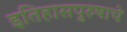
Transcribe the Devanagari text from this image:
इतिहासपुरुषाचे